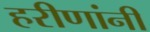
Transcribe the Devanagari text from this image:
हरीणांनी